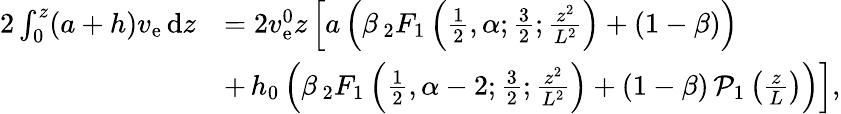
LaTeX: \begin{array}{rl}{2\int_{0}^{z}(a+h)v_{\mathrm{e}}\, \mathrm{d}z}&{=2v_{\mathrm{e}}^{0}z\left[a\left(\beta\, _{2}F_{1}\left(\frac{1}{2},\alpha;\frac{3}{2};\frac{z^{2}}{L^{2}}\right)+(1-\beta)\right)\right.}\\ &{+\left.h_{0}\left(\beta\, _{2}F_{1}\left(\frac{1}{2},\alpha-2;\frac{3}{2};\frac{z^{2}}{L^{2}}\right)+(1-\beta)\, {\cal P}_{1}\left(\frac{z}{L}\right)\right)\right],}\end{array}